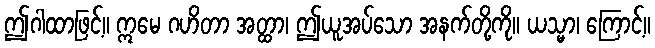
ဤဂါထာဖြင့်။ ဣမေ ဂဟိတာ အတ္ထာ၊ ဤယူအပ်သော အနက်တို့ကို။ ယသ္မာ၊ ကြောင့်။